Leaving Certificate Examination, 1921
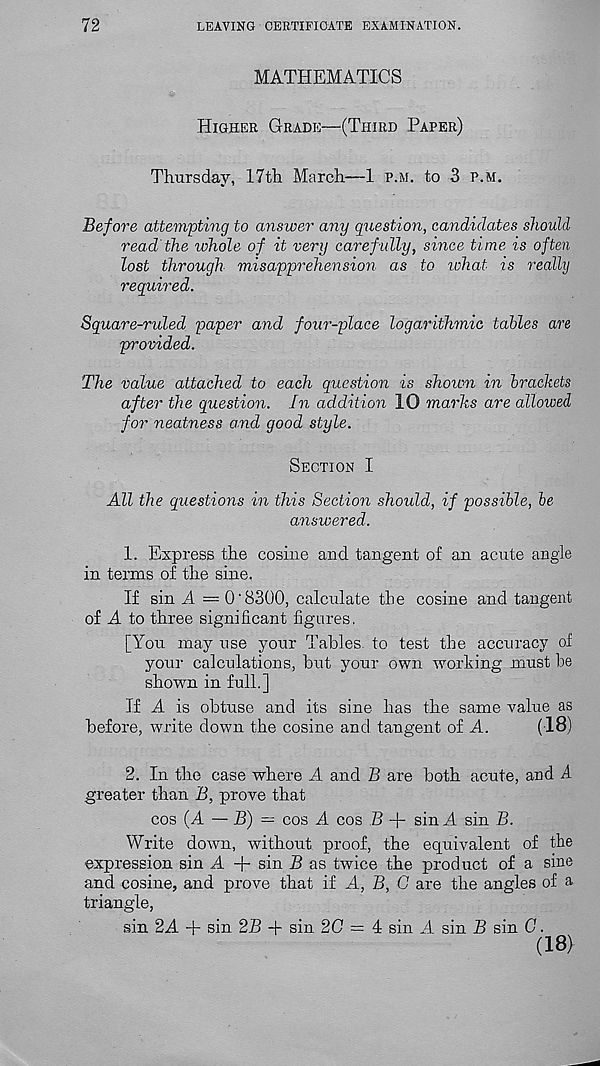
72
LEAVING CERTIFICATE EXAMINATION.
MATHEMATICS
Higher Grade—(Third Paper)
Thursday, 17th March—1 p.m. to 3 p.m.
Before attevipting to answer any question, candidates should
read'the whole of it very carefully, since time is often
lost through misapprehension as to ichat is really
required.
Square-ruled paper and four-place logarithmic tables are
provided.
The value attached to each question is shown in brackets
after the question. In addition 10 marks are allowed
for neatness and good style.
Section I
All the questions in this Section should, if possible, be
answered.
1. Express the cosine and tangent of an acute angle
in terms of the sine.
If sin A — O'8300, calculate the cosine and tangent
of A to three significant figures,
[You may use your Tables, to test the accuracy of
your calculations, but your own working must be
shown in full.]
If A is obtuse and its sine has the same value as
before, write down the cosine and. tangent of A.
(18)
2. In the case where A and B are both acute, and A
greater than B, prove that
cos (A — B) — cos A cos B + sin A sin B.
Write down, without proof, the equivalent of the
expression sin A + sin B as twice the product of a sine
and cosine, and prove that if A, B, G are the angles of a
triangle,
sin 2A + sin 2B -f sin 2C = 4 sin A sin B sin G.
(18)